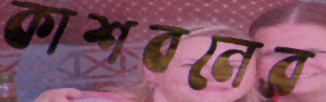
কাশবনের